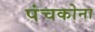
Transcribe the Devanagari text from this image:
पंचकोना